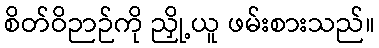
စိတ်ဝိဉာဉ်ကို ညှို့ယူ ဖမ်းစားသည်။